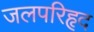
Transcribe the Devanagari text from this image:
जलपरिहृद